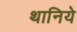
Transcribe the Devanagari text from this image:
थानिये